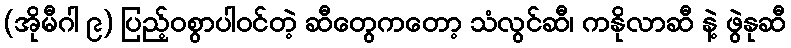
(အိုမီဂါ ၉) ပြည့်ဝစွာပါဝင်တဲ့ ဆီတွေကတော့ သံလွင်ဆီ၊ ကနိုလာဆီ နဲ့ ဖွဲနုဆီ